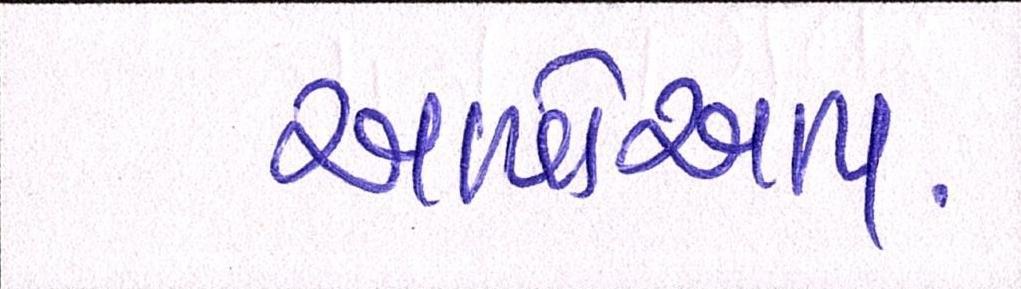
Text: આપોઆપ